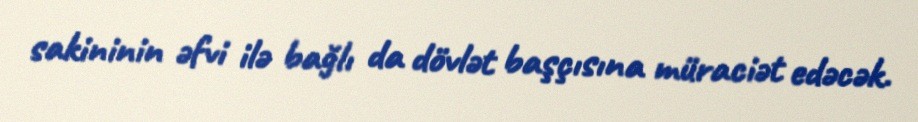
sakininin əfvi ilə bağlı da dövlət başçısına müraciət edəcək.